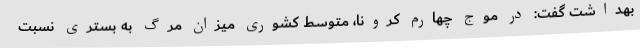
بهداشت گفت: در موج چهارم کرونا، متوسط کشوری میزان مرگ به بستری نسبت